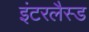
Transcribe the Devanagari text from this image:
इंटरलैस्ड